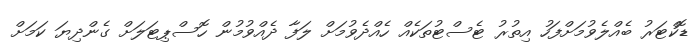
ޑޮކްޓަރު ބެއްލެވުމަށްފަހު އިތުރު ޓެސްޓުތަކެއް ހެއްދެވުމަށް ލަފާ ދެއްވުމުން ހޮސްޕިޓަލަށް ގެންދިޔަ ކަމަށް